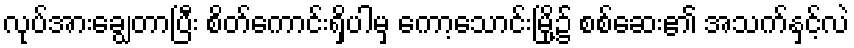
လုပ်အားချွေတာပြီး စိတ်ကောင်းရှိပါမှ ကော့သောင်းမြို့၌ စစ်ဆေး၏ အသက်နှင့်လဲ